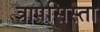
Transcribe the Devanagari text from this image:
त्रापेसिस्ता